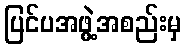
ပြင်ပအဖွဲ့အစည်းမှ